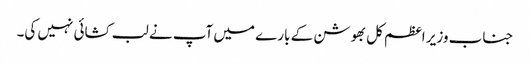
جناب وزیر اعظم کل بھوشن کے بارے میں آپ نے لب کشائی نہیں کی۔